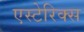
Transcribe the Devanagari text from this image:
एस्टेरिक्स